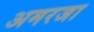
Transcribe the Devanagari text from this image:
अमरजा